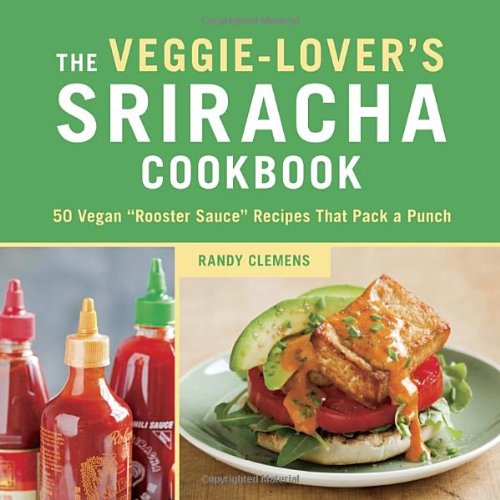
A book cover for The Veggie-Lover's Sriracha Cookbook: 50 Vegan "Rooster Sauce" Recipes that Pack a Punch; Randy Clemens; Cookbooks, Food & Wine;